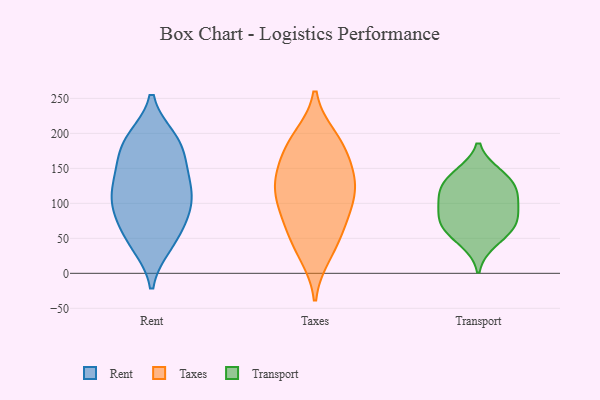
{"axis": {"x": "Bounce Rate (%)", "y": "Value"}, "legend": ["Rent", "Taxes", "Transport"], "data": [{"x": "", "y": 144, "type": "Rent"}, {"x": "", "y": 80, "type": "Rent"}, {"x": "", "y": 189, "type": "Rent"}, {"x": "", "y": 93, "type": "Rent"}, {"x": "", "y": 124, "type": "Rent"}, {"x": "", "y": 132, "type": "Rent"}, {"x": "", "y": 52, "type": "Rent"}, {"x": "", "y": 96, "type": "Rent"}, {"x": "", "y": 94, "type": "Rent"}, {"x": "", "y": 181, "type": "Rent"}, {"x": "", "y": 41, "type": "Rent"}, {"x": "", "y": 45, "type": "Rent"}, {"x": "", "y": 151, "type": "Rent"}, {"x": "", "y": 112, "type": "Rent"}, {"x": "", "y": 186, "type": "Rent"}, {"x": "", "y": 192, "type": "Rent"}, {"x": "", "y": 106, "type": "Taxes"}, {"x": "", "y": 77, "type": "Taxes"}, {"x": "", "y": 37, "type": "Taxes"}, {"x": "", "y": 105, "type": "Taxes"}, {"x": "", "y": 194, "type": "Taxes"}, {"x": "", "y": 133, "type": "Taxes"}, {"x": "", "y": 126, "type": "Taxes"}, {"x": "", "y": 168, "type": "Taxes"}, {"x": "", "y": 60, "type": "Taxes"}, {"x": "", "y": 140, "type": "Taxes"}, {"x": "", "y": 27, "type": "Taxes"}, {"x": "", "y": 82, "type": "Taxes"}, {"x": "", "y": 180, "type": "Taxes"}, {"x": "", "y": 133, "type": "Taxes"}, {"x": "", "y": 190, "type": "Taxes"}, {"x": "", "y": 115, "type": "Transport"}, {"x": "", "y": 142, "type": "Transport"}, {"x": "", "y": 75, "type": "Transport"}, {"x": "", "y": 137, "type": "Transport"}, {"x": "", "y": 102, "type": "Transport"}, {"x": "", "y": 92, "type": "Transport"}, {"x": "", "y": 66, "type": "Transport"}, {"x": "", "y": 67, "type": "Transport"}, {"x": "", "y": 121, "type": "Transport"}, {"x": "", "y": 45, "type": "Transport"}]}